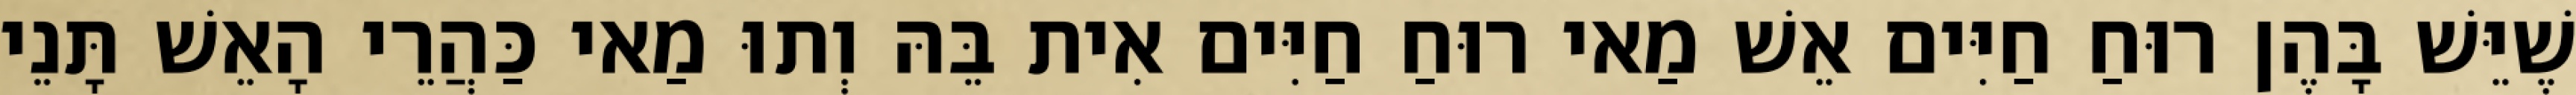
שֶׁיֵּשׁ בָּהֶן רוּחַ חַיִּים אֵשׁ מַאי רוּחַ חַיִּים אִית בֵּהּ וְתוּ מַאי כַּהֲרֵי הָאֵשׁ תָּנֵי